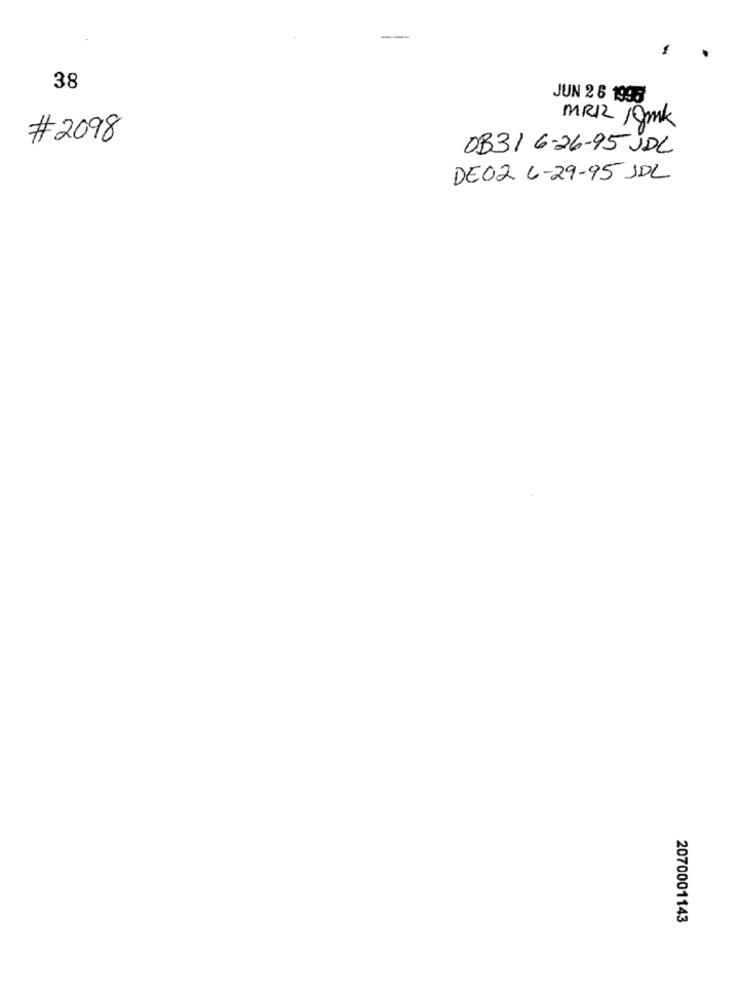
38
JUN 2 6 1998
MRI /gmk
# 2098
0331 6-26-95 JDL
DE02 6-29-95 JDL
2070001143